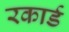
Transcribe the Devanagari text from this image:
रकार्ड